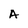
Character: A